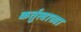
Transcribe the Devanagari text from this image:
कर्तुत्वाच्या